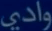
وادي